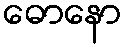
ဓောနော